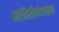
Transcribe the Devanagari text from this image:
मंत्रिरीमंडळात